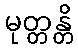
မုတ္တန္တိ